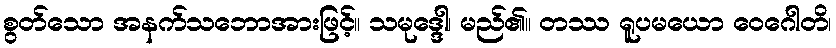
စွတ်သော အနက်သဘောအားဖြင့်။ သမုဒ္ဒေါ၊ မည်၏။ တဿ ရူပမယော ဝေဂေါတိ၊